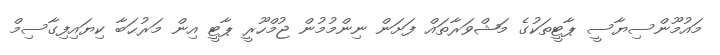
މައުމޫންސިޔާސީ ޕާޓީތަކުގެ މަޝްވަރާތައް ފަށަން ނިންމުމުން ޖުމްހޫރީ ޕާޓީ އިން މަރުޙަބާ ކިޔައިފިގާސިމް